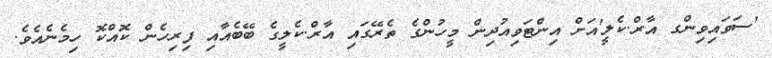
'ސަވައިވިންގ އާރް.ކެލީ'އަށް އިންޓަވިއުދިން މީހުންގެ ތެރޭގައި އާރް.ކެލީގެ ބޭބެއާއި ފިރިހެން ކޮއްކޮ ހިމެނެއެވެ.